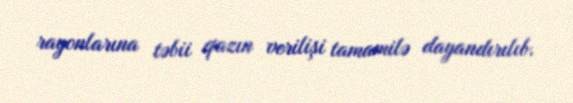
rayonlarına təbii qazın verilişi tamamilə dayandırılıb.